Leaving Certificate Examination, 1910
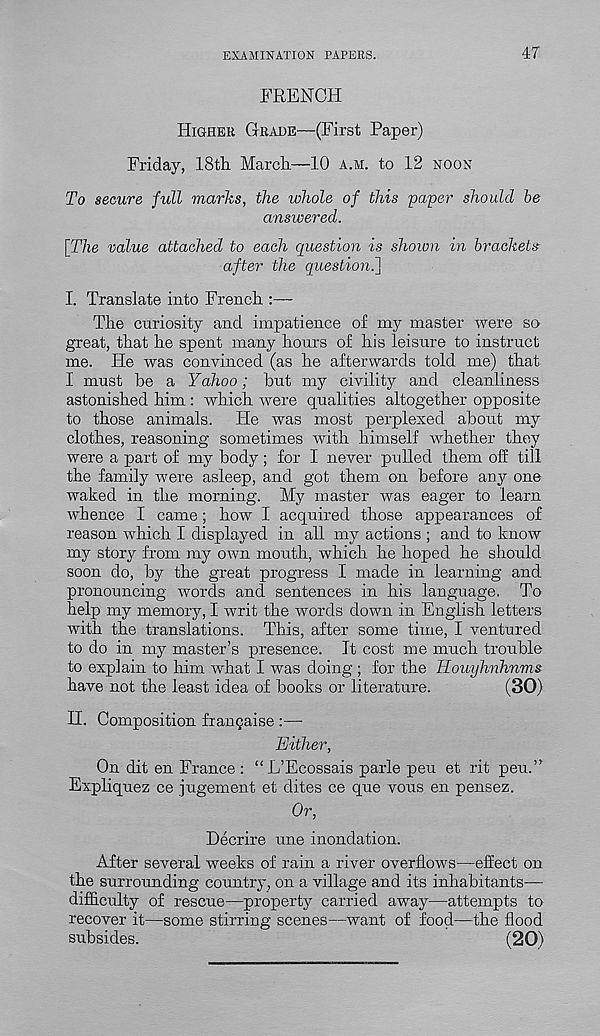
EXAMINATION PAPERS.
47
FRENCH
Higher Grade—(First Paper)
Friday, 18th March—10 a.m. to 12 noon
To secure full marks, the whole of this 'paper should be
answered.
[The value attached to each question is shown in brackets
after the question.}
I. Translate into French :—-
The curiosity and impatience of my master were so
great, that he spent many hours of his leisure to instruct
me. He was convinced (as he afterwards told me) that
I must be a Yahoo; but my civility and cleanliness
astonished him: which were qualities altogether opposite
to those animals. He was most perplexed about my
clothes, reasoning sometimes with himself whether they
were a part of my body; for I never pulled them off till
the family were asleep, and got them on before any one
waked in the morning. My master was eager to learn
whence I came; how I acquired those appearances of
reason which I displayed in all my actions ; and to know
my story from my own mouth, which he hoped he should
soon do, by the great progress I made in learning and
pronouncing words and sentences in his language. To
help my memory, I writ the words down in English letters
with the translations. This, after some time, I ventured
to do in my master’s presence. It cost me much trouble
to explain to him what I was doing ; for the Houyhnhnms
have not the least idea of books or literature.
(30)
H. Composition frangaise :—
Either,
On dit en France : “L’Ecossais parle pen et rit pen.”
Expliquez ce jugement et dites ce que vous en pensez.
Or,
Decrire une inondation.
After several weeks of rain a river overflows—effect on
the surrounding country, on a village and its inhabitants—
difficulty of rescue—property carried away—attempts to
recover it—some stirring scenes—want of food—the flood
subsides.
(20)